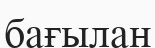
бағылан